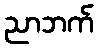
ညာဘက်